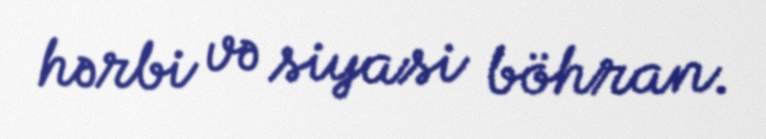
hərbi və siyasi böhran.